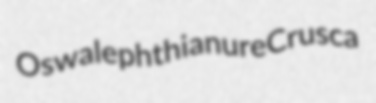
Oswal ephthianure Crusca